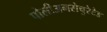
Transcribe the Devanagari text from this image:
पोलीअनसेचुरेटेड